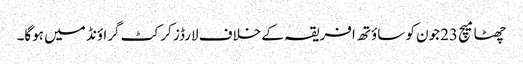
چھٹا میچ 23جون کو ساؤتھ افریقہ کے خلاف لارڈز کرکٹ گراؤنڈ میں ہوگا۔